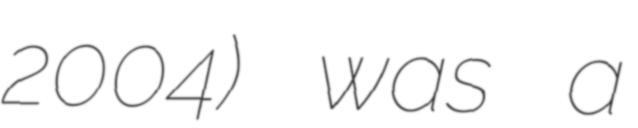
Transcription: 2004) was a